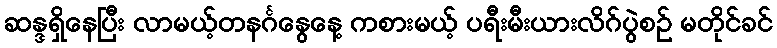
ဆန္ဒရှိနေပြီး လာမယ့်တနင်္ဂနွေနေ့ ကစားမယ့် ပရီးမီးယားလိဂ်ပွဲစဉ် မတိုင်ခင်